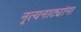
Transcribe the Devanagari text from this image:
नृत्यनाट्यांना